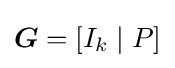
{\boldsymbol {G}}=[I_{k}\mid P]